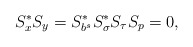
\begin{align*}S_x^*S_y=S_{b^s}^*S_{\sigma}^*S_\tau S_p=0,\end{align*}